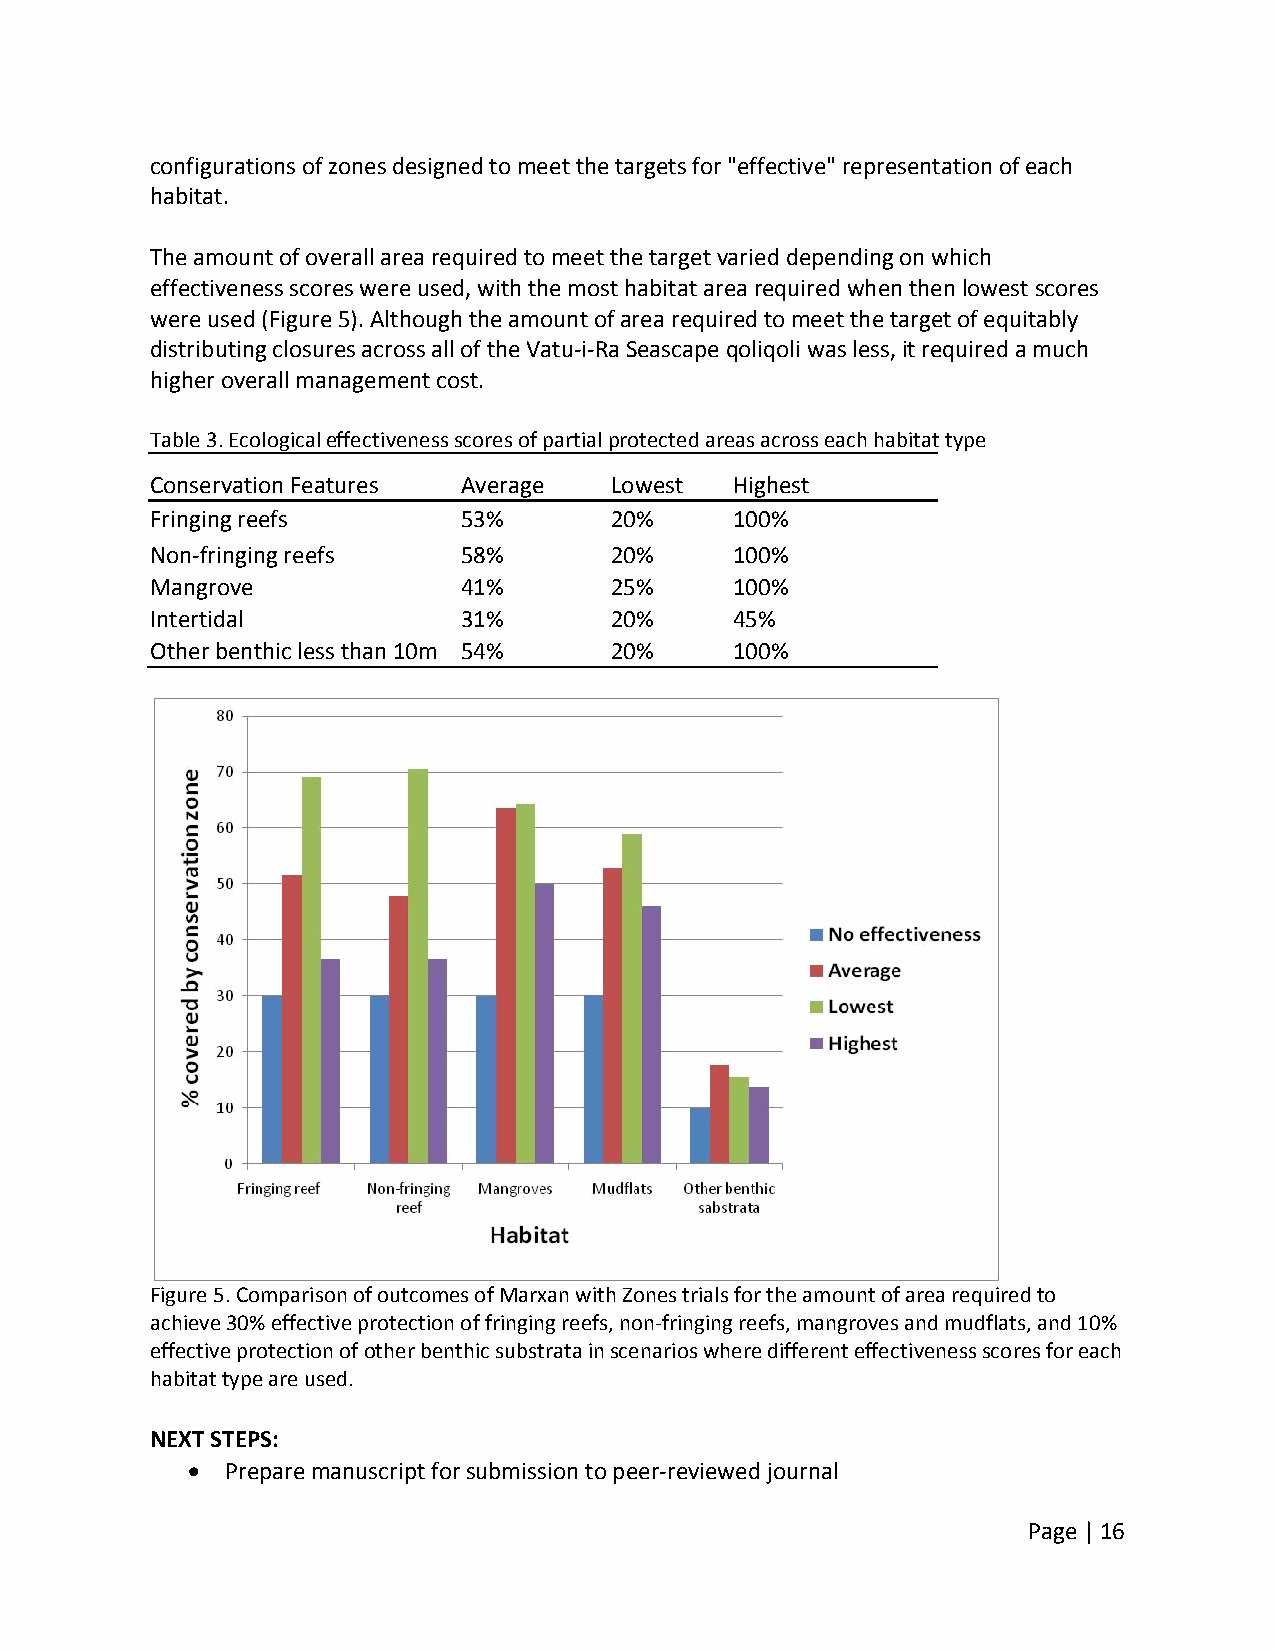
configurations of zones designed to meet the targets for "effective" representation of each
 habitat.
 The amount of overall area required to meet the target varied depending on which
 effectiveness scores were used, with the most habitat area required when then lowest scores
 were used (Figure 5). Although the amount of area required to meet the target of equitably
 distributing closures across all of the Vatu‐i‐Ra Seascape qoliqoli was less, it required a much
 higher overall management cost.
 Table 3. Ecological effectiveness scores of partial protected areas across each habitat type
 Conservation Features Average Lowest   Highest
 Fringing reefs       53%      20%      100%
 Non‐fringing reefs   58%      20%      100%
 Mangrove             41%      25%      100%
 Intertidal           31%      20%      45%
 Other benthic less than 10m 54% 20%    100%
 Figure 5. Comparison of outcomes of Marxan with Zones trials for the amount of area required to
 achieve 30% effective protection of fringing reefs, non‐fringing reefs, mangroves and mudflats, and 10%
 effective protection of other benthic substrata in scenarios where different effectiveness scores for each
 habitat type are used.
 NEXT STEPS:
   Prepare manuscript for submission to peer‐reviewed journal
 Page | 16